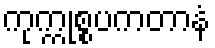
ကုက္ကုစ္စပကတာနံ